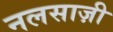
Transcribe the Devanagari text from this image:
नलसाज़ी